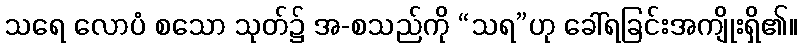
သရေ လောပံ စသော သုတ်၌ အ-စသည်ကို “သရ”ဟု ခေါ်ရခြင်းအကျိုးရှိ၏။